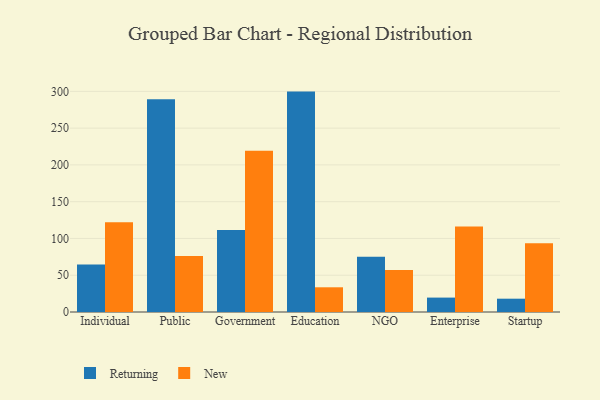
{"axis": {"x": "Segment", "y": "Backlog"}, "legend": ["New", "Returning"], "data": [{"x": "Individual", "y": 64.7, "type": "Returning"}, {"x": "Individual", "y": 122.1, "type": "New"}, {"x": "Public", "y": 289.4, "type": "Returning"}, {"x": "Public", "y": 76.3, "type": "New"}, {"x": "Government", "y": 111.6, "type": "Returning"}, {"x": "Government", "y": 219.2, "type": "New"}, {"x": "Education", "y": 299.7, "type": "Returning"}, {"x": "Education", "y": 33.6, "type": "New"}, {"x": "NGO", "y": 75.1, "type": "Returning"}, {"x": "NGO", "y": 57.0, "type": "New"}, {"x": "Enterprise", "y": 19.6, "type": "Returning"}, {"x": "Enterprise", "y": 116.2, "type": "New"}, {"x": "Startup", "y": 18.1, "type": "Returning"}, {"x": "Startup", "y": 93.4, "type": "New"}]}